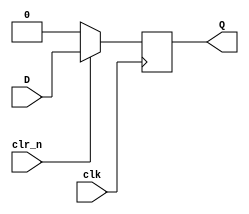
//D
module synDff(D, clr_n, clk, Q);
	input D;
	input clr_n;
	input clk; 
	output reg Q;
	
	always @ (posedge clk) begin
		if(!clr_n) begin
				Q <= 0;
		end
		else Q <= D;
	end
endmodule